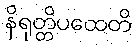
နိရုတ္တိပထေတိ